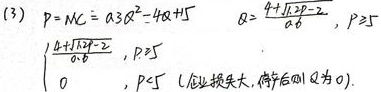
(3) \(P = MC = 0.3Q^{2}-4Q + 15\)
\[Q=\begin{cases}
\frac{4+\sqrt{16 - 1.8(15 - P)}}{0.6},&P\geq5\\
0,&P < 5 \text{ (企业损失大，停产则}Q\text{为}0)
\end{cases}\]